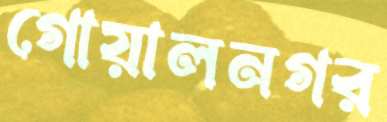
গোয়ালনগর